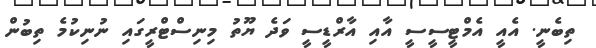
ތިބެނީ. އެއީ އެމްޓީސީސީ އާއި އާރްޑީސީ ވަދެ ޔޫތުު މިނިސްޓްރީގައި ނުނިކުމެ ތިބުން